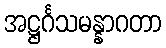
အဋ္ဌင်္ဂသမန္နာဂတာ